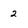
Character: 2